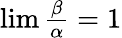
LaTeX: \textstyle\operatorname*{lim}{\frac{\beta}{\alpha}}=1